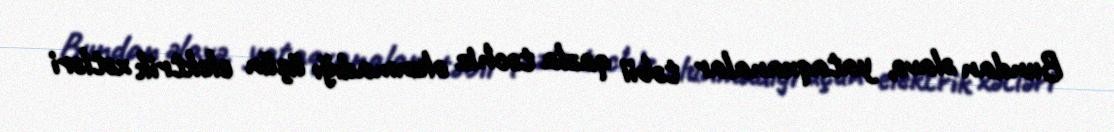
Bundan əlavə, yataqxanalar təbii qazla təchiz olunmadığı üçün elektrik xətləri